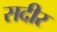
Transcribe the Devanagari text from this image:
सदीर